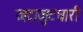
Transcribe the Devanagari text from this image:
जटाजुटधारी